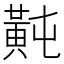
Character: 𪎶